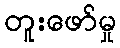
တူးဖော်မှု